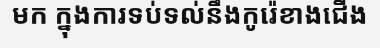
មក ក្នុងការទប់ទល់នឹងកូរ៉េខាងជើង